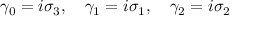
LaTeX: \gamma _ { 0 } = i \sigma _ { 3 } , \quad \gamma _ { 1 } = i \sigma _ { 1 } , \quad \gamma _ { 2 } = i \sigma _ { 2 }